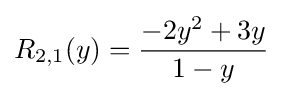
R_{2,1}(y)={\frac {-2y^{2}+3y}{1-y}}